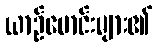
ယာဉ်မောင်းများ၏